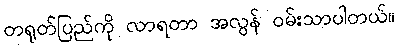
တရုတ်ပြည်ကို လာရတာ အလွန် ဝမ်းသာပါတယ်။